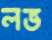
লভ